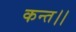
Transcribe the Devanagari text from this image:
कन्‍त।।